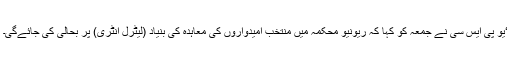
‘یو پی ایس سی نے جمعہ کو کہا کہ ریونیو محکمہ میں منتخب امیدواروں کی معاہدہ کی بنیاد (لیٹرل انٹری) پر بحالی کی جائے‌گی۔